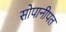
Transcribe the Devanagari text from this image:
सोपानीपत